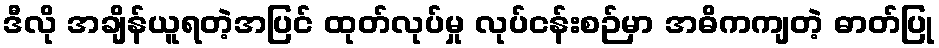
ဒီလို အချိန်ယူရတဲ့အပြင် ထုတ်လုပ်မှု လုပ်ငန်းစဉ်မှာ အဓိကကျတဲ့ ဓာတ်ပြု